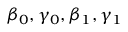
\beta _ { 0 } , \gamma _ { 0 } , \beta _ { 1 } , \gamma _ { 1 }